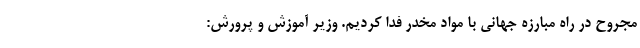
مجروح در راه مبارزه جهانی با مواد مخدر فدا کردیم. وزیر آموزش و پرورش: